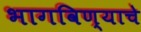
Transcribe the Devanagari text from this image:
भागविण्याचे